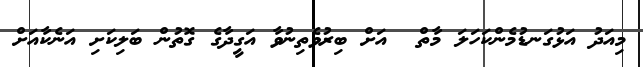
މިއަދު އަޅުގަނޑުމެންކަހަލަ މާތް  އަށް ބިރުވެތިނުވާ އަގީދާގެ ގޮތުން ބަލިކަށި އަނެކާއަށް